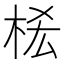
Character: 𣑆